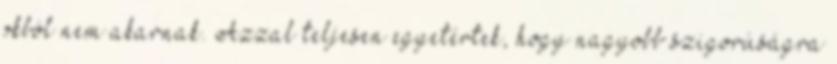
okból nem akarnak. Azzal teljesen egyetértek, hogy nagyobb szigorúságra